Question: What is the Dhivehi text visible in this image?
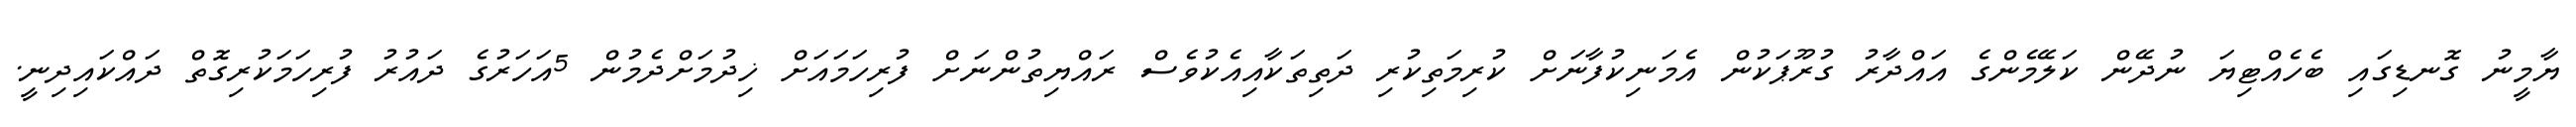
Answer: ޔާމީނު ގޮނޑިގައި ބެހެއްޓިޔަ ނުދޭން ކަލޭމެންގެ އައްދާރު ގުރޫޕަކުން އެމަނިކުފާނަށް ކުރިމަތިކުރި ދަތިތަކާއިއެކުވެސް ރައްޔިތުންނަށް ފުރިހަމައަށް ޚިދުމަށްދެމުން 5އަހަރުގެ ދައުރު ފުރިހަމަކުރިގޮތް ދައްކައިދިނީ.